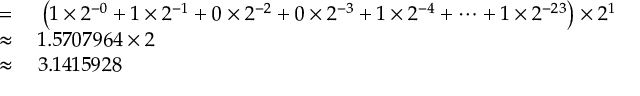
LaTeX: \begin{array} { r l } { = { } } & { { } \left( 1 \times 2 ^ { - 0 } + 1 \times 2 ^ { - 1 } + 0 \times 2 ^ { - 2 } + 0 \times 2 ^ { - 3 } + 1 \times 2 ^ { - 4 } + \cdots + 1 \times 2 ^ { - 2 3 } \right) \times 2 ^ { 1 } } \\ { \approx { } } & { { } 1 . 5 7 0 7 9 6 4 \times 2 } \\ { \approx { } } & { { } 3 . 1 4 1 5 9 2 8 } \end{array}